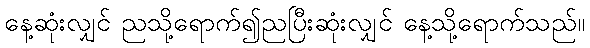
နေ့ဆုံးလျှင် ညသို့ရောက်၍ညပြီးဆုံးလျှင် နေ့သို့ရောက်သည်။